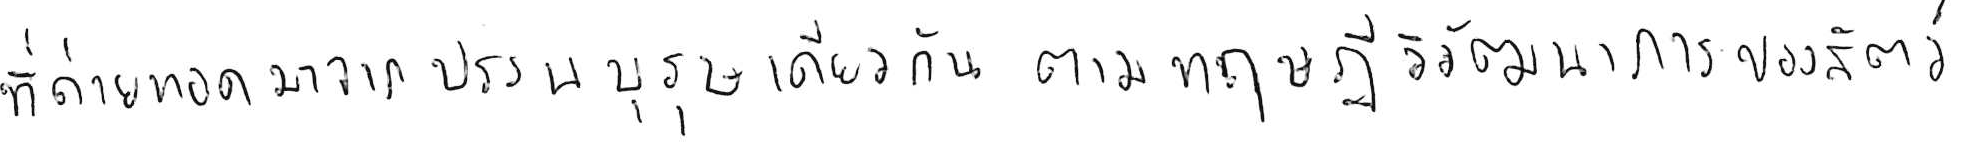
ที่ถ่ายทอดมาจากบรรพบุรุษเดียวกัน ตามทฤษฎีวิวัฒนาการของสัตว์